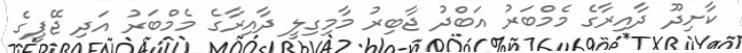
ކާށިދޫ ދާއިރާގެ މެމްބަރު އަބްދު ޖާބިރު މާމިގިލީ ދާއިރާގެ މެމްބަރު އަދި ޖޭޕީގެ